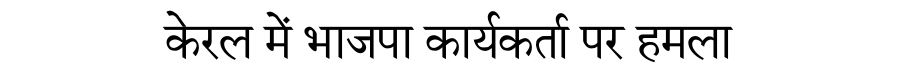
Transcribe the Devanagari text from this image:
केरल में भाजपा कार्यकर्ता पर हमला